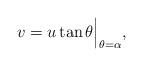
LaTeX: \begin{align*}v=u\tan{\theta}\Big|_{\theta=\alpha},\end{align*}